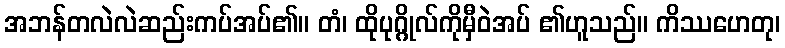
အဘန်တလဲလဲဆည်းကပ်အပ်၏။ တံ၊ ထိုပုဂ္ဂိုလ်ကိုမှီဝဲအပ် ၏ဟူသည်။ ကိဿဟေတု၊